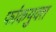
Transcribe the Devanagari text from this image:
फांकयुक्त